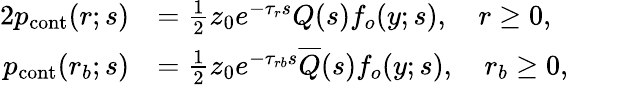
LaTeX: \begin{array}{rlrl}{{2}p_{\textrm{cont}}(r;s)}&{=\frac{1}{2}z_{0}e^{-\tau_{r}s}Q(s)f_{o}(y;s),\quad r\geq 0,}&&{}\\ {p_{\textrm{cont}}(r_{b};s)}&{=\frac{1}{2}z_{0}e^{-\tau_{rb}s}\overline{{Q}}(s)f_{o}(y;s),\quad r_{b}\geq 0,}&&{}\end{array}